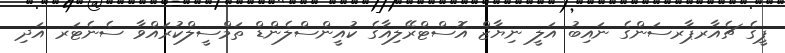
ޕީގެ ޗެއާރޕާރސަންގެ ނައިބު އަލީ ނިޔާޒް އޮސްޓްރޭލިއާގެ ކުއީންސްލެންޑް ތަމްސީލްކުރައްވާ ސެނެޓަރ އަދި